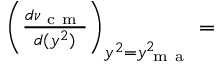
\begin{array} { r l } { ~ ~ ~ } & { { } \left( \frac { d \nu _ { \mathrm { ~ c ~ m ~ } } } { d ( y ^ { 2 } ) } \right) _ { y ^ { 2 } = y _ { \mathrm { ~ m ~ a ~ } } ^ { 2 } } = } \end{array}